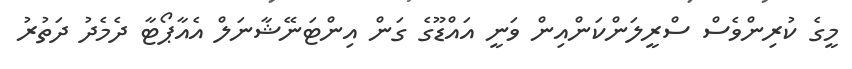
މީގެ ކުރިންވެސް ސްރީލަންކަންއިން ވަނީ އައްޑޫގެ ގަން އިންޓަނޭޝާނަލް އެއާޕޯޓާ ދެމެދު ދަތުރު